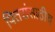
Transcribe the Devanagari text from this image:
पितरांसाठीच